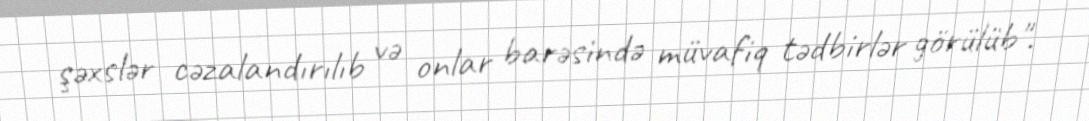
şəxslər cəzalandırılıb və onlar barəsində müvafiq tədbirlər görülüb".